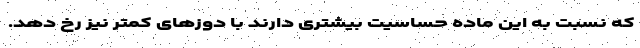
که نسبت به این ماده حساسیت بیشتری دارند با دوزهای کمتر نیز رخ دهد.